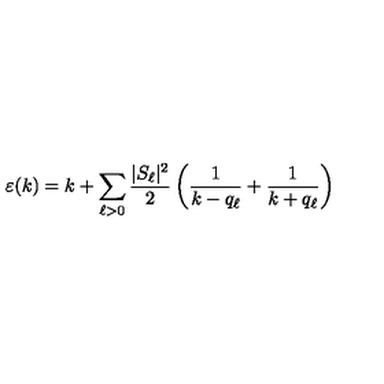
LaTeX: \varepsilon ( k ) = k + \sum _ { \ell > 0 } \frac { | S _ { \ell } | ^ { 2 } } { 2 } \left( \frac { 1 } { k - q _ { \ell } } + \frac { 1 } { k + q _ { \ell } } \right)